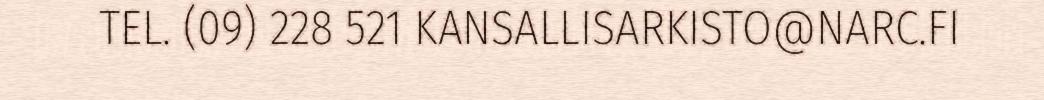
TEL. (09) 228 521 KANSALLISARKISTO@NARC.FI